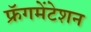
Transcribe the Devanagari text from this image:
फ्रॅगमेंटेशन